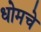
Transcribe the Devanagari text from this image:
धोमचे